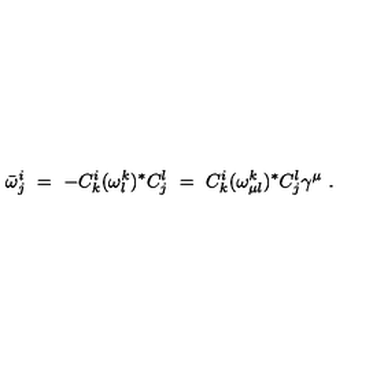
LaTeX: \bar { \omega } _ { j } ^ { i } \ = \ - C _ { k } ^ { i } ( \omega _ { l } ^ { k } ) ^ { * } C _ { j } ^ { l } \ = \ C _ { k } ^ { i } ( \omega _ { \mu l } ^ { k } ) ^ { * } C _ { j } ^ { l } \gamma ^ { \mu } \ .